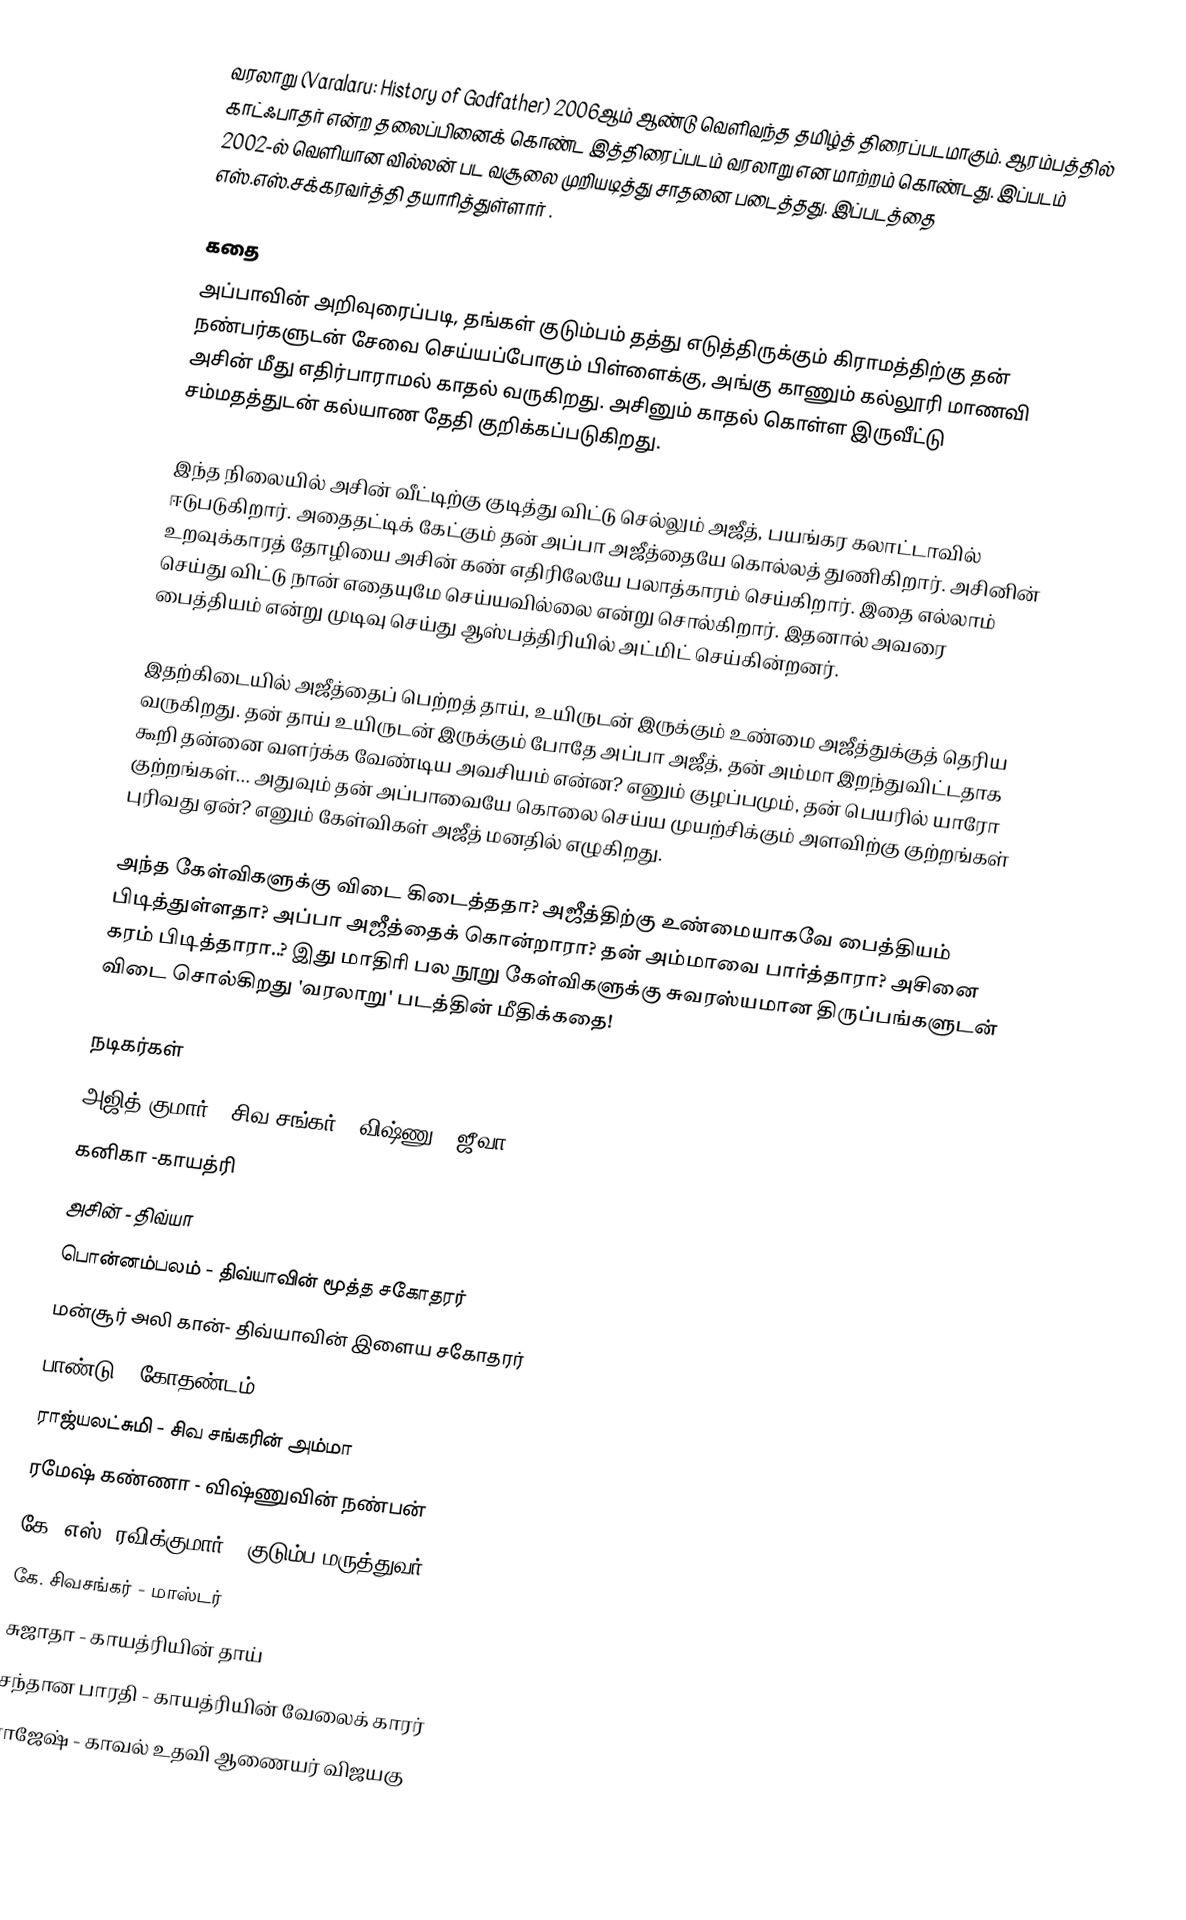
வரலாறு (Varalaru: History of Godfather) 2006ஆம் ஆண்டு வெளிவந்த தமிழ்த் திரைப்படமாகும். ஆரம்பத்தில் காட்ஃபாதர் என்ற தலைப்பினைக் கொண்ட இத்திரைப்படம் வரலாறு என மாற்றம் கொண்டது. இப்படம் 2002-ல் வெளியான வில்லன் பட வசூலை முறியடித்து சாதனை படைத்தது. இப்படத்தை எஸ்.எஸ்.சக்கரவர்த்தி தயாரித்துள்ளார் .

கதை
அப்பாவின் அறிவுரைப்படி, தங்கள் குடும்பம் தத்து எடுத்திருக்கும் கிராமத்திற்கு தன் நண்பர்களுடன் சேவை செய்யப்போகும் பிள்ளைக்கு, அங்கு காணும் கல்லூரி மாணவி அசின் மீது எதிர்பாராமல் காதல் வருகிறது. அசினும் காதல் கொள்ள இருவீட்டு சம்மதத்துடன் கல்யாண தேதி குறிக்கப்படுகிறது.

இந்த நிலையில் அசின் வீட்டிற்கு குடித்து விட்டு செல்லும் அஜீத், பயங்கர கலாட்டாவில் ஈடுபடுகிறார். அதைதட்டிக் கேட்கும் தன் அப்பா அஜீத்தையே கொல்லத் துணிகிறார். அசினின் உறவுக்காரத் தோழியை அசின் கண் எதிரிலேயே பலாத்காரம் செய்கிறார். இதை எல்லாம் செய்து விட்டு நான் எதையுமே செய்யவில்லை என்று சொல்கிறார். இதனால் அவரை பைத்தியம் என்று முடிவு செய்து ஆஸ்பத்திரியில் அட்மிட் செய்கின்றனர்.

இதற்கிடையில் அஜீத்தைப் பெற்றத் தாய், உயிருடன் இருக்கும் உண்மை அஜீத்துக்குத் தெரிய வருகிறது. தன் தாய் உயிருடன் இருக்கும் போதே அப்பா அஜீத், தன் அம்மா இறந்துவிட்டதாக கூறி தன்னை வளர்க்க வேண்டிய அவசியம் என்ன? எனும் குழப்பமும், தன் பெயரில் யாரோ குற்றங்கள்... அதுவும் தன் அப்பாவையே கொலை செய்ய முயற்சிக்கும் அளவிற்கு குற்றங்கள் புரிவது ஏன்? எனும் கேள்விகள் அஜீத் மனதில் எழுகிறது.

அந்த கேள்விகளுக்கு விடை கிடைத்ததா? அஜீத்திற்கு உண்மையாகவே பைத்தியம் பிடித்துள்ளதா? அப்பா அஜீத்தைக் கொன்றாரா? தன் அம்மாவை பார்த்தாரா? அசினை கரம் பிடித்தாரா..? இது மாதிரி பல நூறு கேள்விகளுக்கு சுவரஸ்யமான திருப்பங்களுடன் விடை சொல்கிறது 'வரலாறு' படத்தின் மீதிக்கதை!

நடிகர்கள்
 அஜித் குமார் - சிவ சங்கர் , விஷ்ணு , ஜீவா
 கனிகா -காயத்ரி
 அசின் - திவ்யா
பொன்னம்பலம் - திவ்யாவின் மூத்த சகோதரர்
மன்சூர் அலி கான்- திவ்யாவின் இளைய சகோதரர்
 பாண்டு - கோதண்டம்
 ராஜ்யலட்சுமி - சிவ சங்கரின் அம்மா
 ரமேஷ் கண்ணா - விஷ்ணுவின் நண்பன்
 கே. எஸ். ரவிக்குமார் - குடும்ப மருத்துவர்
 கே. சிவசங்கர் - மாஸ்டர்
 சுஜாதா - காயத்ரியின் தாய்
 சந்தான பாரதி - காயத்ரியின் வேலைக் காரர்
 ராஜேஷ் - காவல் உதவி ஆணையர் விஜயகு